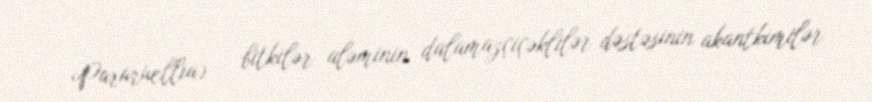
Pararuellia) — bitkilər aləminin dalamazçiçəklilər dəstəsinin akantkimilər